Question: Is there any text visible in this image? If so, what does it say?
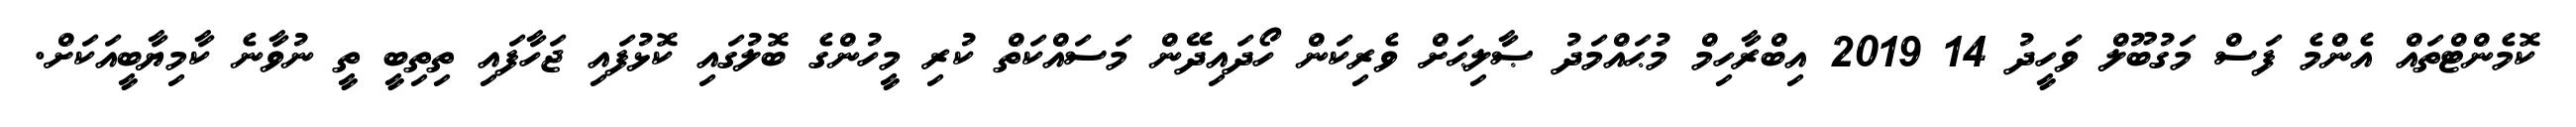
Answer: ކޮމެންޓްތައް އެންމެ ފަސް މަގުބޫލް ވަހީދު 14 2019 އިބްރާހިމް މުޙައްމަދު ޞާލިޙަށް ވެރިކަން ހޯދައިދޭން މަސައްކަތް ކުރި މީހުންގެ ބޮލުގައި ކޮޅުފައި ޖަހާފައި ތިތިބީ ތީ ނުވާނެ ކާމިޔާބީއަކަށް.